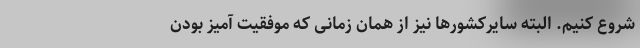
شروع کنیم. البته سایرکشورها نیز از همان زمانی که موفقیت آمیز بودن